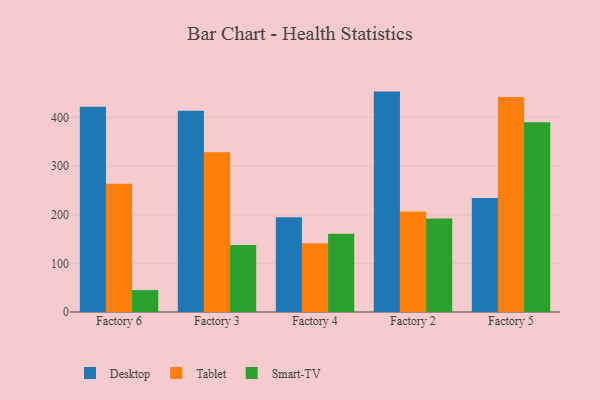
{"axis": {"x": "Factory", "y": "Conversion Rate (%)"}, "legend": ["Desktop", "Smart-TV", "Tablet"], "data": [{"x": "Factory 6", "y": 421.9, "type": "Desktop"}, {"x": "Factory 6", "y": 263.8, "type": "Tablet"}, {"x": "Factory 6", "y": 45.0, "type": "Smart-TV"}, {"x": "Factory 3", "y": 413.5, "type": "Desktop"}, {"x": "Factory 3", "y": 328.4, "type": "Tablet"}, {"x": "Factory 3", "y": 137.8, "type": "Smart-TV"}, {"x": "Factory 4", "y": 194.8, "type": "Desktop"}, {"x": "Factory 4", "y": 141.1, "type": "Tablet"}, {"x": "Factory 4", "y": 160.9, "type": "Smart-TV"}, {"x": "Factory 2", "y": 453.0, "type": "Desktop"}, {"x": "Factory 2", "y": 206.8, "type": "Tablet"}, {"x": "Factory 2", "y": 192.3, "type": "Smart-TV"}, {"x": "Factory 5", "y": 234.5, "type": "Desktop"}, {"x": "Factory 5", "y": 441.7, "type": "Tablet"}, {"x": "Factory 5", "y": 389.9, "type": "Smart-TV"}]}